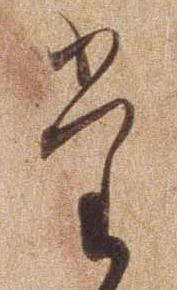
た